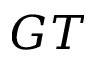
G T